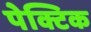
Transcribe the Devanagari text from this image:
पेक्टिक